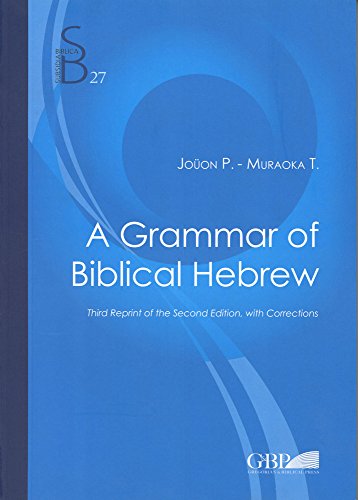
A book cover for A Grammar of Biblical Hebrew (Subsidia Biblica); Paul JoÃ¼on; Christian Books & Bibles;